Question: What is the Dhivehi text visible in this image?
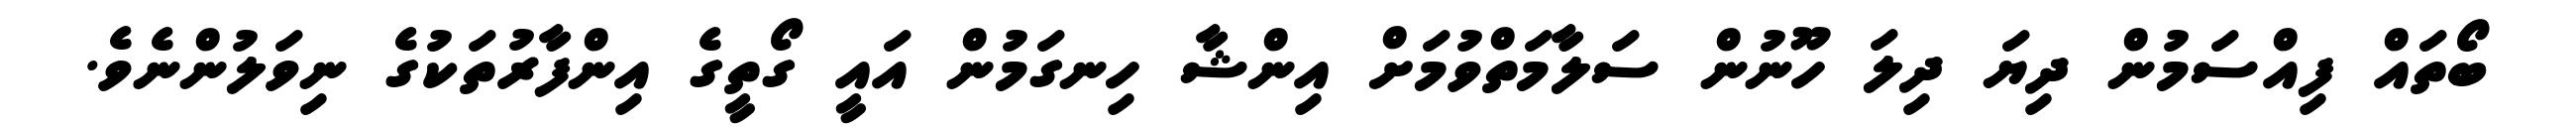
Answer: ބޯތައް ފިއްސަމުން ދިޔަ ދިލަ ހޫނުން ސަލާމަތްވުމަށް އިންޝާ ހިނގަމުން އައީ ގޯތީގެ އިންފާރުތަކުގެ ނިވަލުންނެވެ.